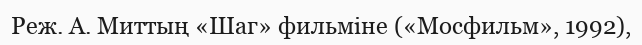
Реж. А. Миттың «Шаг» фильміне («Мосфильм», 1992),